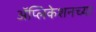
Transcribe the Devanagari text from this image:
अॅप्लिकेशनच्या